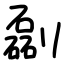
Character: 㔏